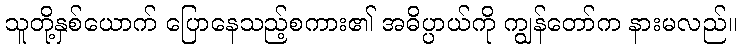
သူတို့နှစ်ယောက် ပြောနေသည့်စကား၏ အဓိပ္ပာယ်ကို ကျွန်တော်က နားမလည်။